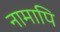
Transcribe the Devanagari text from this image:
नामापि